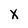
Character: X